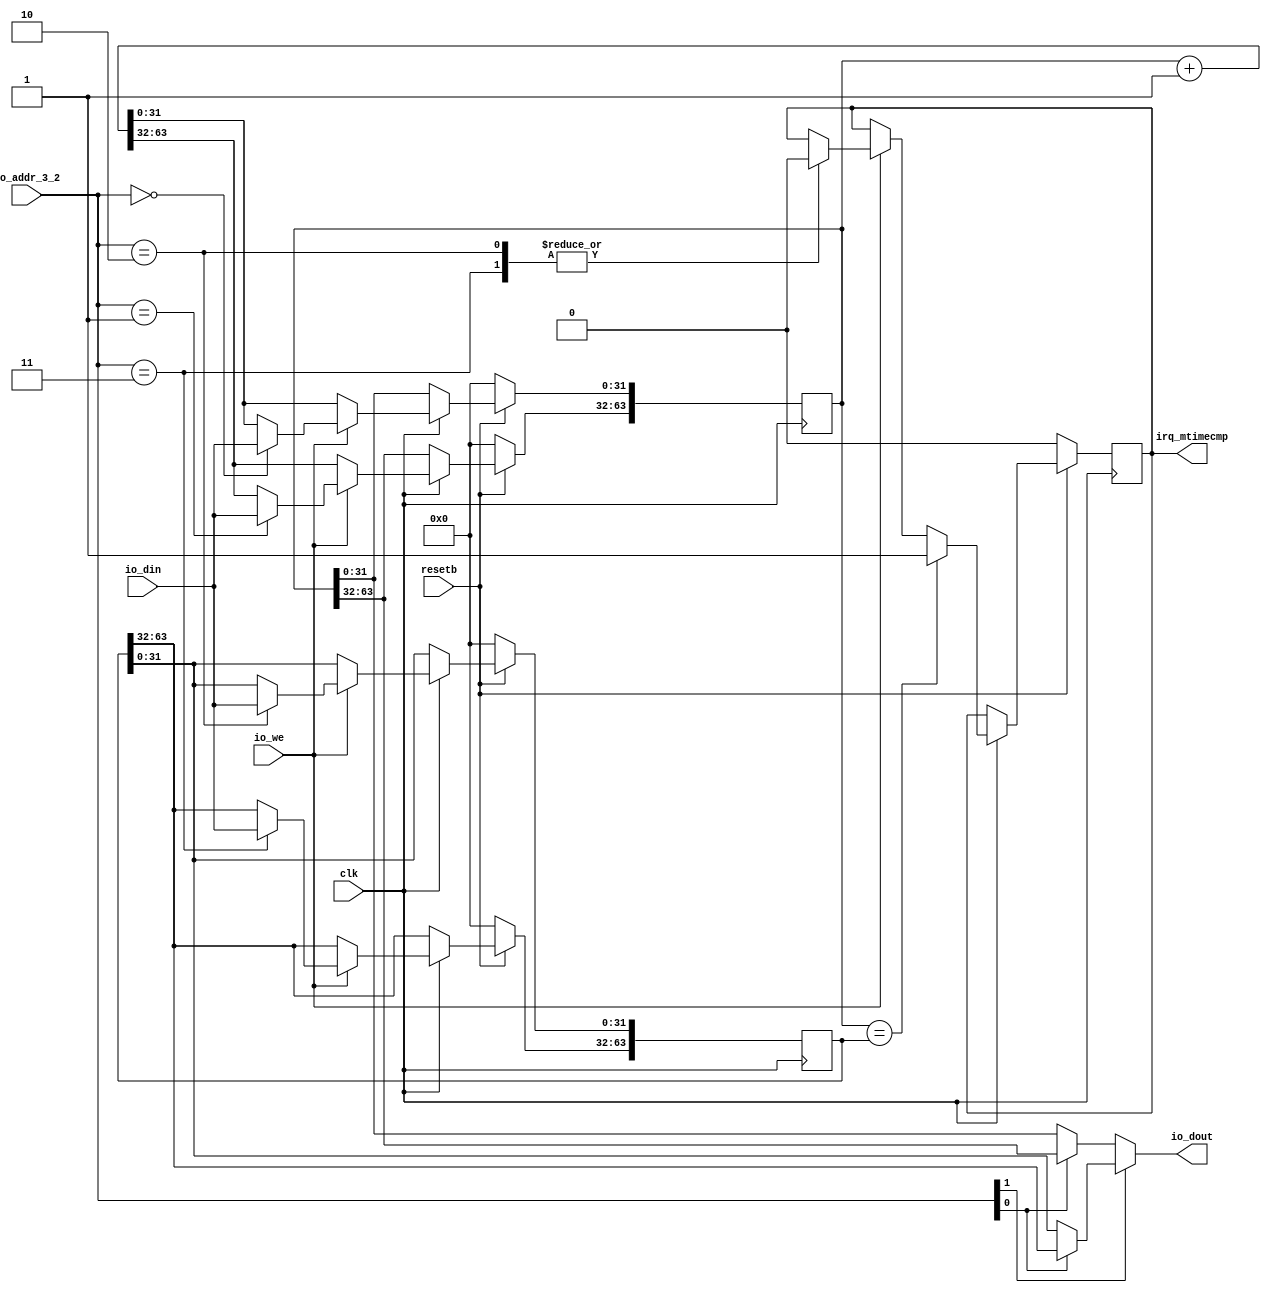
/*
* 64 Bit system timer sitting on IO address space
* mtime - 0x80000010
* mtimecmp - 0x80000018
* TODO: interrupts
*/

module timer(
  input wire clk,
  input wire resetb,
  // No io_en signal since read has no side effect
  input wire [3:2] io_addr_3_2,
    input wire io_we,
    input wire [31:0] io_din,
    output wire [31:0] io_dout,
    // mtimecmp port
    // IRQ
    output reg irq_mtimecmp
    );

    reg [63:0] mtime /*verilator public*/;
    reg [63:0] mtimecmp/*verilator public*/;

    always @ (posedge clk) begin : TIMER_PIPELINE
      if (!resetb) begin
        mtime <= 64'b0;
        // mtimecmp <= 64'hFFFFFFFFFFFFFFFF;
        mtimecmp <= 64'b0;
        irq_mtimecmp <= 1'b0;
      end
      else if (clk) begin
        mtime <= mtime + 1;
        if (io_we) begin
          case (io_addr_3_2[3:2])
            2'b00: mtime[0+:32] <= io_din;
            2'b01: mtime[32+:32] <= io_din;
            2'b10: begin 
            mtimecmp[0+:32] <= io_din;
            irq_mtimecmp <= 1'b0;
          end
          2'b11: begin 
          mtimecmp[32+:32] <= io_din;
          irq_mtimecmp <= 1'b0;
        end
      endcase
    end
    if (mtime == mtimecmp) begin
      irq_mtimecmp <= 1'b1;
    end
  end
end

assign io_dout = 
  io_addr_3_2[3]
  ? ( io_addr_3_2[2] ? mtimecmp[32+:32] : mtimecmp[0+:32] )
  : ( io_addr_3_2[2] ? mtime[32+:32] : mtime[0+:32] );

  endmodule